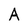
Character: A